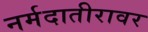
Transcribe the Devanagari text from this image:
नर्मदातीरावर